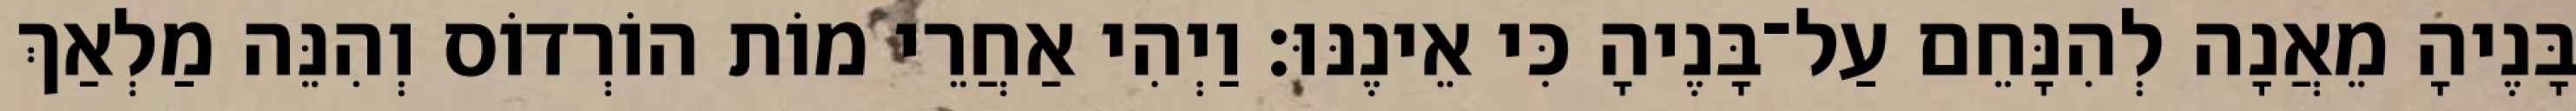
בָּנֶיהָ מֵאֲנָה לְהִנָּחֵם עַל־בָּנֶיהָ כִּי אֵינֶנּוּ׃ וַיְהִי אַחֲרֵי מוֹת הוֹרְדוֹס וְהִנֵּה מַלְאַךְ